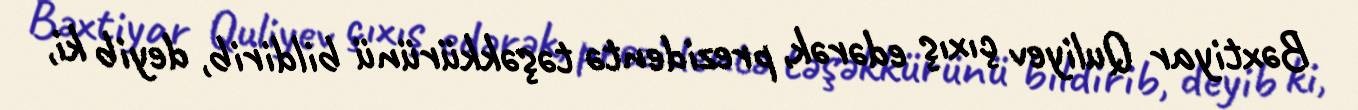
Bəxtiyar Quliyev çıxış edərək, prezidentə təşəkkürünü bildirib, deyib ki,